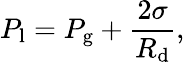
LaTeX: P_{\mathrm{l}}=P_{\mathrm{g}}+\frac{2\sigma}{R_{\mathrm{d}}},